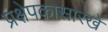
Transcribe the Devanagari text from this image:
प्रक्षेपकासारखे